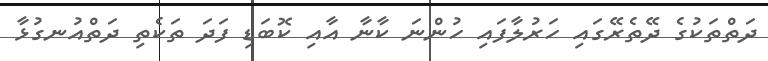
ދަތްތަކުގެ ދޭތެރޭގައި ހަރުލާފައި ހުންނަ ކާނާ އާއި ކޮބަޑި ފަދަ ތަކެތި ދަތްއުނގުޅާ